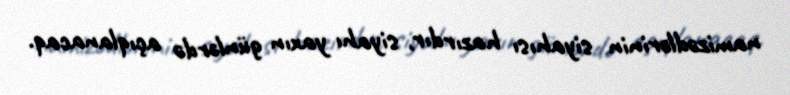
namizədlərinin siyahısı hazırdır, siyahı yaxın günlərdə açıqlanacaq.